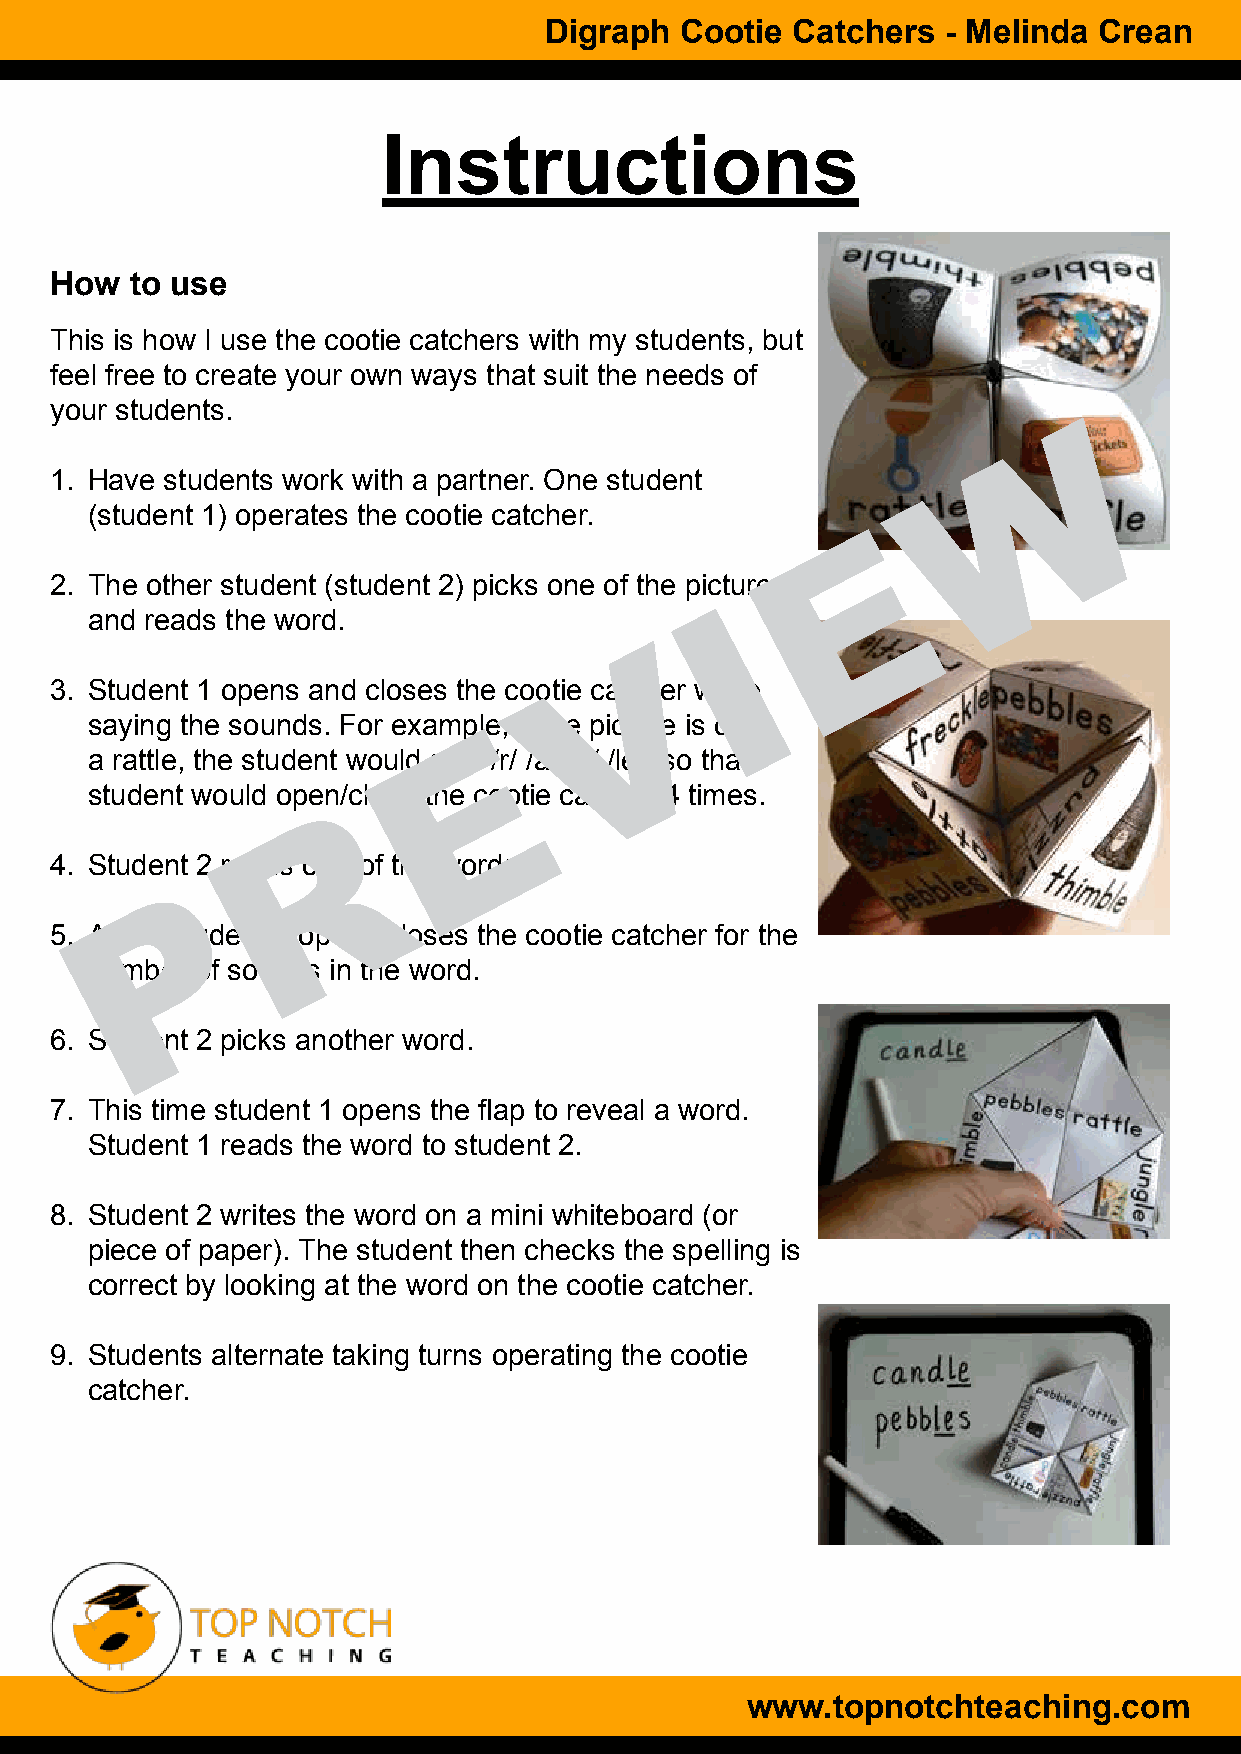
Digraph  Cootie Catchers   - Melinda Crean
 Instructions
 How   to use
 This is how I use the cootie catchers with my students, but
 feel free to create your own ways that suit the needs of
 your students.
 W
 1. Have students work with a partner. One student
 (student 1) operates the cootie catcher.
 E
 2. The other student (student 2) picks one of the pictures
 I
 and reads the word.
 V
 3. Student 1 opens and closes the cootie catcher while
 saying the sounds. For example, if the picture is of
 E
 a rattle, the student would say: /r/ /a/ /tt/ /le/, so that
 student would open/close the cootie catcher 4 times.
 R
 4. Student 2 reads one of the words.
 P
 5. Again student 1 opens/closes the cootie catcher for the
 number of sounds in the word.
 6. Student 2 picks another word.
 7. This time student 1 opens the flap to reveal a word.
 Student 1 reads the word to student 2.
 8. Student 2 writes the word on a mini whiteboard (or
 piece of paper). The student then checks the spelling is
 correct by looking at the word on the cootie catcher.
 9. Students alternate taking turns operating the cootie
 catcher.
 www.topnotchteaching.com